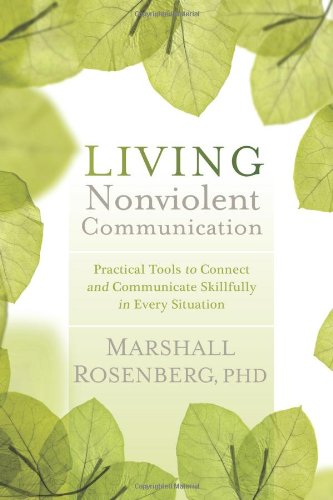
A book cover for Living Nonviolent Communication: Practical Tools to Connect and Communicate Skillfully in Every Situation; Marshall Rosenberg  PhD.; Politics & Social Sciences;